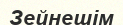
Зейнешім